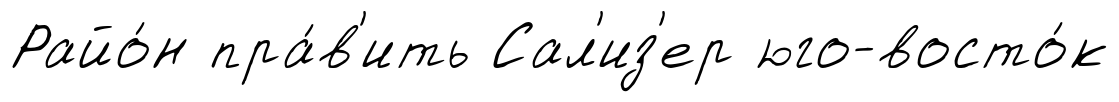
Райо́н пра́в'ить Сал'из'ер юго-восто́к